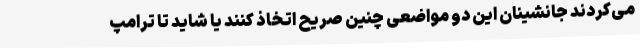
می‌کردند جانشینان این دو مواضعی چنین صریح اتخاذ کنند یا شاید تا ترامپ